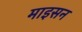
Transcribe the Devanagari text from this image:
माइसन